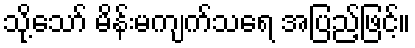
သို့သော် မိန်းမကျက်သရေ အပြည့်ဖြင့်။